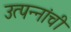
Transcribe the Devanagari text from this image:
उत्पन्नांची